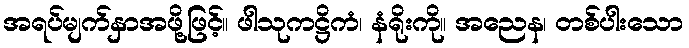
အရပ်မျက်နှာအဖို့ဖြင့်။ ဖါသုကဋ္ဌိကံ၊ နံရိုးကို။ အညေန၊ တစ်ပါးသော